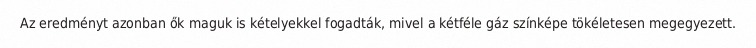
Az eredményt azonban ők maguk is kételyekkel fogadták, mivel a kétféle gáz színképe tökéletesen megegyezett.